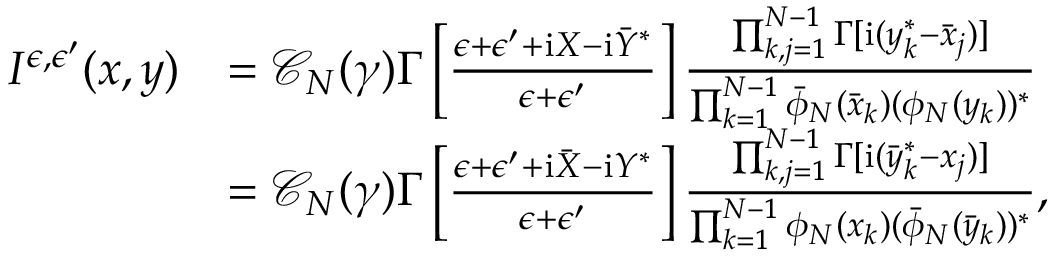
\begin{array} { r l } { I ^ { \epsilon , \epsilon ^ { \prime } } ( x , y ) } & { = \mathscr C _ { N } ( \gamma ) \boldsymbol \Gamma \left[ \frac { \epsilon + \epsilon ^ { \prime } + \mathrm { i } X - \mathrm { i } \bar { Y } ^ { * } } { \epsilon + \epsilon ^ { \prime } } \right] \frac { \prod _ { k , j = 1 } ^ { N - 1 } \boldsymbol \Gamma [ \mathrm { i } ( y _ { k } ^ { * } - \bar { x } _ { j } ) ] } { \prod _ { k = 1 } ^ { N - 1 } \bar { \phi } _ { N } ( \bar { x } _ { k } ) ( \phi _ { N } ( y _ { k } ) ) ^ { * } } } \\ & { = \mathscr C _ { N } ( \gamma ) \boldsymbol \Gamma \left[ \frac { \epsilon + \epsilon ^ { \prime } + \mathrm { i } \bar { X } - \mathrm { i } Y ^ { * } } { \epsilon + \epsilon ^ { \prime } } \right] \frac { \prod _ { k , j = 1 } ^ { N - 1 } \boldsymbol \Gamma [ \mathrm { i } ( \bar { y } _ { k } ^ { * } - x _ { j } ) ] } { \prod _ { k = 1 } ^ { N - 1 } \phi _ { N } ( x _ { k } ) ( \bar { \phi } _ { N } ( \bar { y } _ { k } ) ) ^ { * } } , } \end{array}